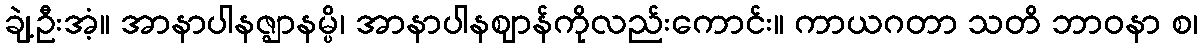
ချဲ့ဦးအံ့။ အာနာပါနဇ္ဈာနမ္ပိ၊ အာနာပါနဈာန်ကိုလည်းကောင်း။ ကာယဂတာ သတိ ဘာဝနာ စ၊